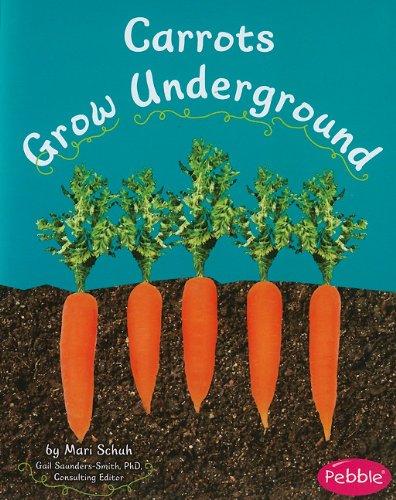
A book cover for Carrots Grow Underground (How Fruits and Vegetables Grow); Mari Schuh; Children's Books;